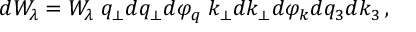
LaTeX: d W _ { \lambda } = W _ { \lambda } \; q _ { \perp } d q _ { \perp } d \varphi _ { q } \; k _ { \perp } d k _ { \perp } d \varphi _ { k } d q _ { 3 } d k _ { 3 } \, ,